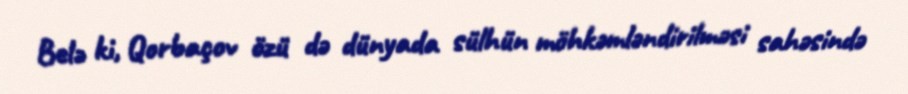
Belə ki, Qorbaçov özü də dünyada sülhün möhkəmləndirilməsi sahəsində